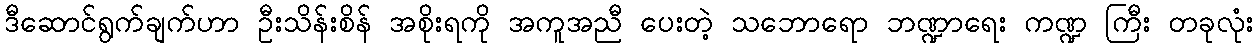
ဒီဆောင်ရွက်ချက်ဟာ ဦးသိန်းစိန် အစိုးရကို အကူအညီ ပေးတဲ့ သဘောရော ဘဏ္ဍာရေး ကဏ္ဍ ကြီး တခုလုံး